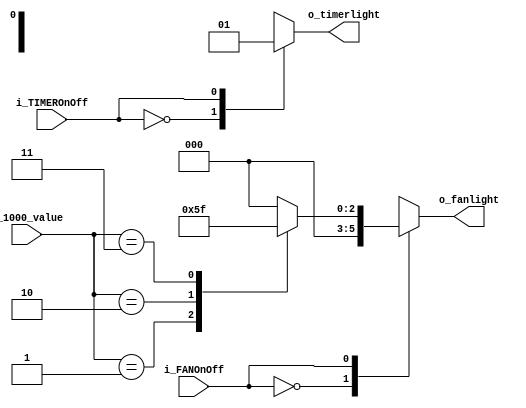
module LightController(
    input i_FANOnOff, i_TIMEROnOff,
    input [3:0] i_1000_value,
    output [2:0] o_fanlight,
    output o_timerlight
    );
    // 0 : timer on/off, 1 : fan 1 / 2 : fan 2 / 3: fan 3 

    parameter   S_FAN_OFF = 1'b0,
                S_FAN_ON  = 1'b1;

    parameter   S_TIMER_OFF = 1'b0,
                S_TIMER_ON  = 1'b1;

    reg [2:0] r_fanlight;
    assign o_fanlight = r_fanlight;

    reg r_timerlight;
    assign o_timerlight = r_timerlight;

    always @(*) begin
        case (i_FANOnOff)
            S_FAN_OFF : begin
                r_fanlight = 3'b000;
            end

            S_FAN_ON : begin
                r_fanlight = 3'b000;
                case (i_1000_value)
                    1 : r_fanlight = 3'b001;
                    2 : r_fanlight = 3'b011;
                    3 : r_fanlight = 3'b111;
                endcase
            end
        endcase

        case (i_TIMEROnOff)
            S_TIMER_OFF : begin
                r_timerlight = 1'b0;
            end
            S_TIMER_ON : begin
                r_timerlight = 1'b1;
            end
        endcase
    end
endmodule